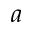
a